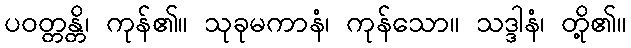
ပဝတ္တန္တိ၊ ကုန်၏။ သုခုမကာနံ၊ ကုန်သော။ သဒ္ဒါနံ၊ တို့၏။